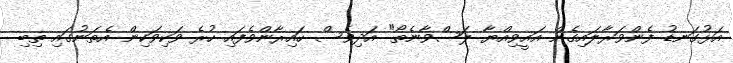
އަޅުގަނޑު ފެންވަރާލައިގެން އައީވިއްޔާ ލަސްވާނެތޯ" އަދިވެސް ހައިރާންވެފައި ހުރެ ވަކިވަކިން އެތަނުގައި ތިބި